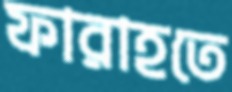
ফারাহতে